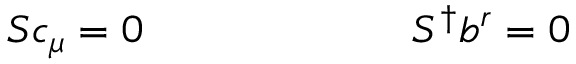
S c _ { \mu } = 0 ~ ~ ~ ~ ~ ~ ~ ~ ~ ~ ~ ~ ~ ~ ~ ~ ~ ~ ~ S ^ { \dagger } b ^ { r } = 0